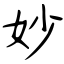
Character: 妙